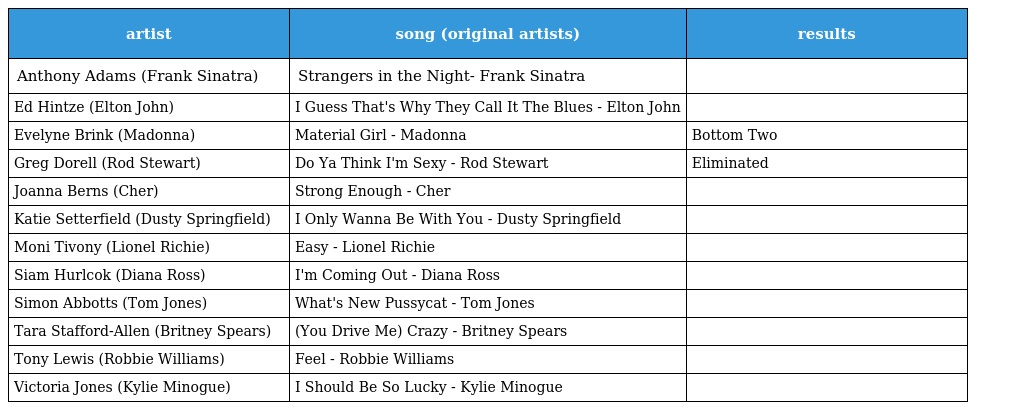
| artist | song (original artists) | results |
 | --- | --- | --- |
 | Anthony Adams (Frank Sinatra) | Strangers in the Night- Frank Sinatra |  |
 | Ed Hintze (Elton John) | I Guess That's Why They Call It The Blues - Elton John |  |
 | Evelyne Brink (Madonna) | Material Girl - Madonna | Bottom Two |
 | Greg Dorell (Rod Stewart) | Do Ya Think I'm Sexy - Rod Stewart | Eliminated |
 | Joanna Berns (Cher) | Strong Enough - Cher |  |
 | Katie Setterfield (Dusty Springfield) | I Only Wanna Be With You - Dusty Springfield |  |
 | Moni Tivony (Lionel Richie) | Easy - Lionel Richie |  |
 | Siam Hurlcok (Diana Ross) | I'm Coming Out - Diana Ross |  |
 | Simon Abbotts (Tom Jones) | What's New Pussycat - Tom Jones |  |
 | Tara Stafford-Allen (Britney Spears) | (You Drive Me) Crazy - Britney Spears |  |
 | Tony Lewis (Robbie Williams) | Feel - Robbie Williams |  |
 | Victoria Jones (Kylie Minogue) | I Should Be So Lucky - Kylie Minogue |  |